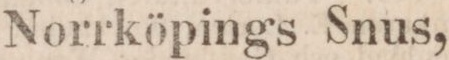
Norrköpings Snus,